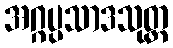
အဂ္ဂပ္ပသာဒသုတ္တ